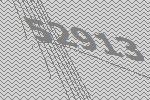
52913